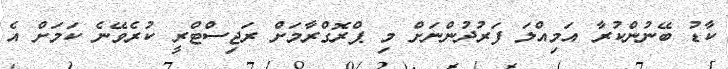
ކާޑު ބޭނުންކުރާ އަމިއްލަ ފަރުދުންނަށް މި ޕްރޮގްރާމަށް ރަޖިސްޓްރީ ކުރެވޭނެ ކަމަށް އެ